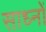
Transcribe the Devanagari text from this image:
साध्नों